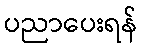
ပညာပေးရန်